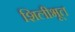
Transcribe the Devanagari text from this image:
शिलीभूत